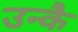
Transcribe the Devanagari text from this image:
उन्कै